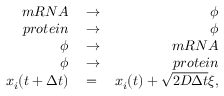
\begin{array} { r l r } { m R N A } & { { } \rightarrow } & { \phi } \\ { p r o t e i n } & { { } \rightarrow } & { \phi } \\ { \phi } & { { } \rightarrow } & { m R N A } \\ { \phi } & { { } \rightarrow } & { p r o t e i n } \\ { x _ { i } ( t + \Delta t ) } & { { } = } & { x _ { i } ( t ) + \sqrt { 2 D \Delta t } \xi , } \end{array}